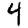
Digit: 4